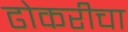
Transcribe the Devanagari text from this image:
ढोकरीचा